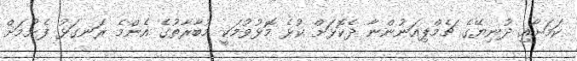
ކަމަށާއި ދުނިޔޭގެ ޗެމްޕިއަނުންނާ ދެކޮޅަށް ކުޅެ މޮޅުވުމަކީ މުބާރާތުގެ އެންމެ ރަނގަޅު ފެށުމަށް